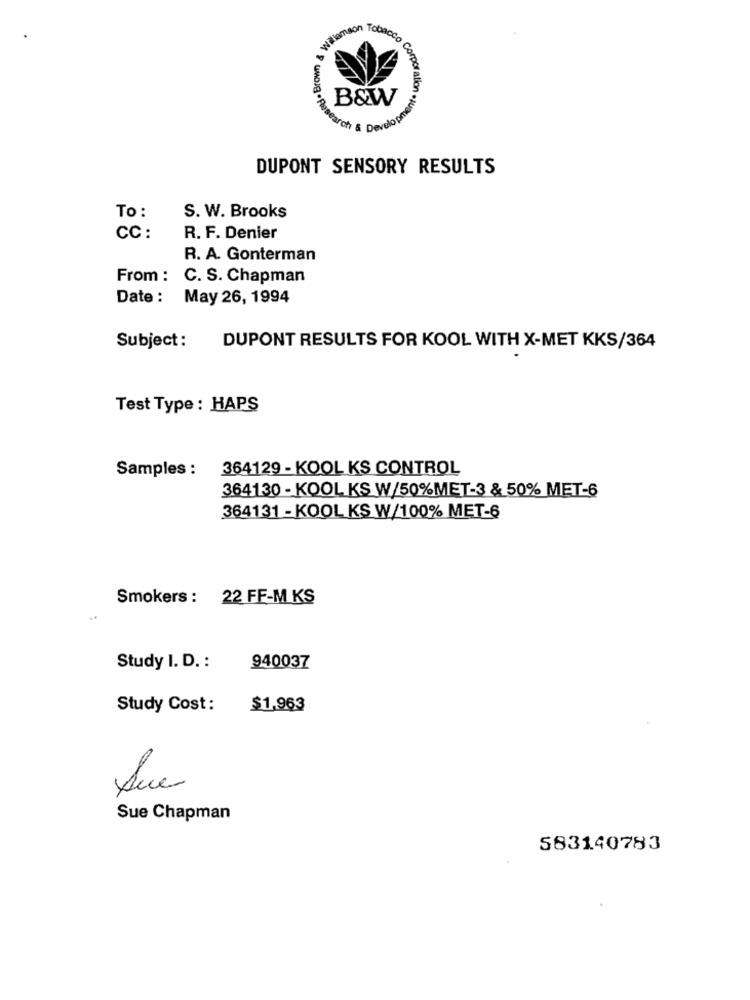
waiamson Tobacco
Corpo
B&W
Search & Develop
DUPONT SENSORY RESULTS
To :
S. W. Brooks
CC :
R. F. Denier
R. A. Gonterman
From : C. S. Chapman
Date : May 26, 1994
Subject :
DUPONT RESULTS FOR KOOL WITH X-MET KKS/364
Test Type : HAPS
Samples : 364129 - KOOL KS CONTROL
364130 - KOOL KS W/50%MET-3 & 50% MET-6
364131 - KOOL KS W/100% MET-6
Smokers : 22 FF-M KS
Study I. D. :
940037
Study Cost:
$1,963
Que
Sue Chapman
583140783